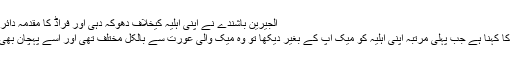
الجیرین باشندے نے اپنی اہلیہ کیخلاف دھوکہ دہی اور فراڈ کا مقدمہ دائر کر دیا ہے
کیونکہ اس کا کہنا ہے جب پہلی مرتبہ اپنی اہلیہ کو میک اپ کے بغیر دیکھا تو وہ میک والی عورت سے بالکل مختلف تھی اور اسے پہچان بھی نہ پایا تھا۔